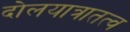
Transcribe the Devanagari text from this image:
दोलयात्रातत्व